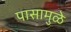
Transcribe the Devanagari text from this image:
पासामुळे